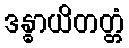
ဒန္ဓာယိတတ္တံ